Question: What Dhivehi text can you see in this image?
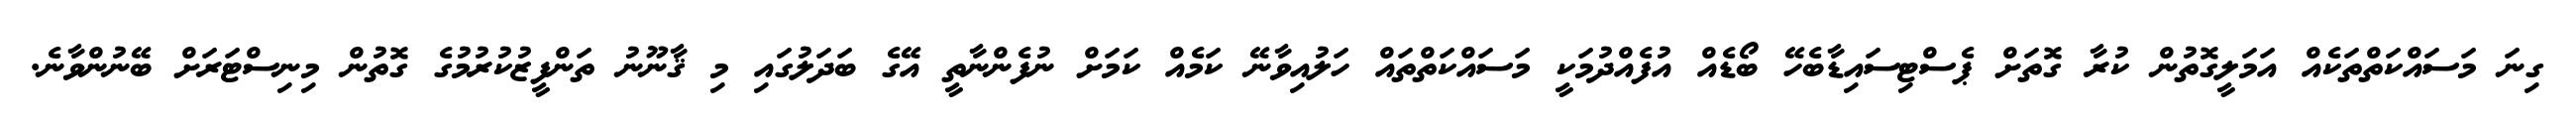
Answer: ގިނަ މަސައްކަތްތަކެއް އަމަލީގޮތުން ކުރާ ގޮތަށް ޕެސްޓިސައިޑާބެހޭ ބޯޑެއް އުފެއްދުމަކީ މަސައްކަތްތައް ހަލުއިވާނޭ ކަމެއް ކަމަށް ނުފެންނާތީ އޭގެ ބަދަލުގައި މި ޤާނޫނު ތަންފީޒުކުރުމުގެ ގޮތުން މިނިސްޓަރަށް ބޭނުންވާނެ.